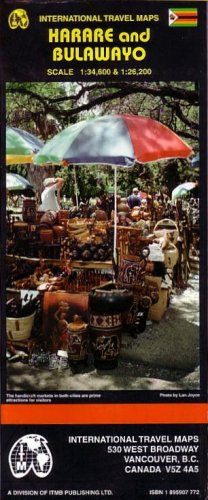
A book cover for Harare and Bulawayo (Travel Reference Map); Itm Harare Itmb; Travel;